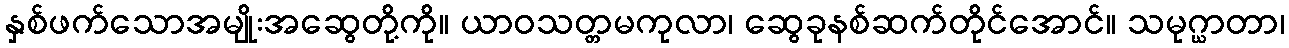
နှစ်ဖက်သောအမျိုးအဆွေတို့ကို။ ယာဝသတ္တမကုလာ၊ ဆွေခုနစ်ဆက်တိုင်အောင်။ သမုဂ္ဃာတာ၊